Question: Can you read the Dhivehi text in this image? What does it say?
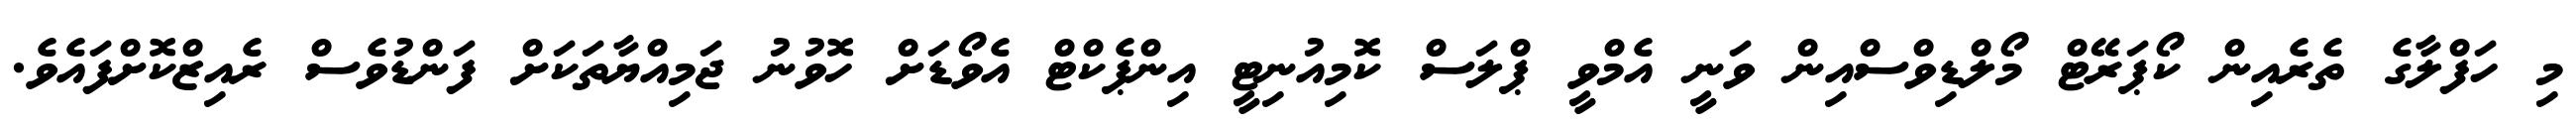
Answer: މި ހަފްލާގެ ތެރެއިން ކޯޕަރޭޓް މޯލްޑިވްސްއިން ވަނީ އެމްވީ ޕްލަސް ކޮމިއުނިޓީ އިންޕެކްޓް އެވޯޑަށް ހޮވުނު ޖަމިއްޔާތަކަށް ފަންޑުވެސް ރެއިޒްކޮށްފައެވެ.